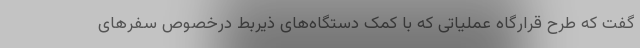
گفت که طرح قرارگاه عملیاتی که با کمک دستگاه‌های ذیربط درخصوص سفرهای